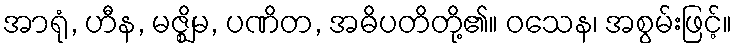
အာရုံ, ဟီန, မဇ္ဈိမ, ပဏိတ, အဓိပတိတို့၏။ ဝသေန၊ အစွမ်းဖြင့်။